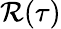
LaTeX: \mathcal{R}(\tau)